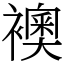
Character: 襖